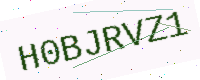
Text: H0BJRVZ1